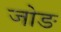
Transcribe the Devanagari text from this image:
जोङ